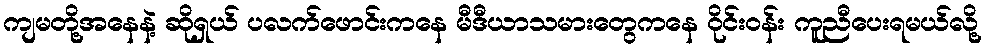
ကျမတို့အနေနဲ့ ဆိုရှယ် ပလက်ဖောင်းကနေ မီဒီယာသမားတွေကနေ ဝိုင်းဝန်း ကူညီပေးရမယ်လို့